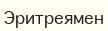
Эритреямен